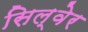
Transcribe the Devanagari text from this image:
सिल्वेर